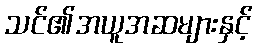
သင်၏အယူအဆများနှင့်